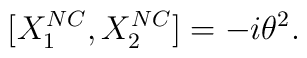
[{X}_1^{NC}, {X}_2^{NC}]=-i {\theta}^{2}.